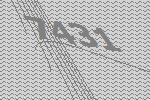
7431